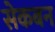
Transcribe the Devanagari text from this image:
सेकबन